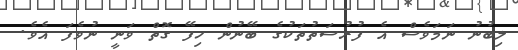
ލިބުނު ނަމަވެސް އެ ފުރުސަތުތަކުގެ ބޭނުން ހިފޭ ގޮތް ވަނީ ނުވެފަ އެވެ.